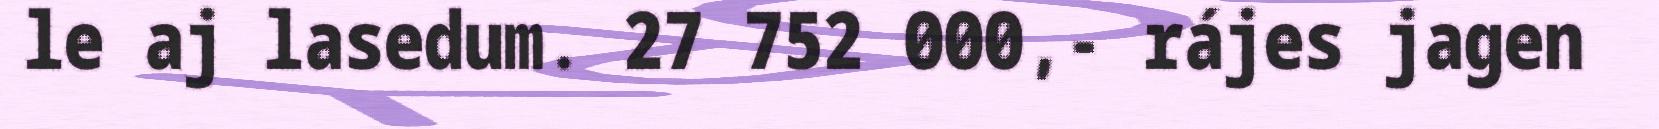
le aj lasedum. 27 752 000,- rájes jagen